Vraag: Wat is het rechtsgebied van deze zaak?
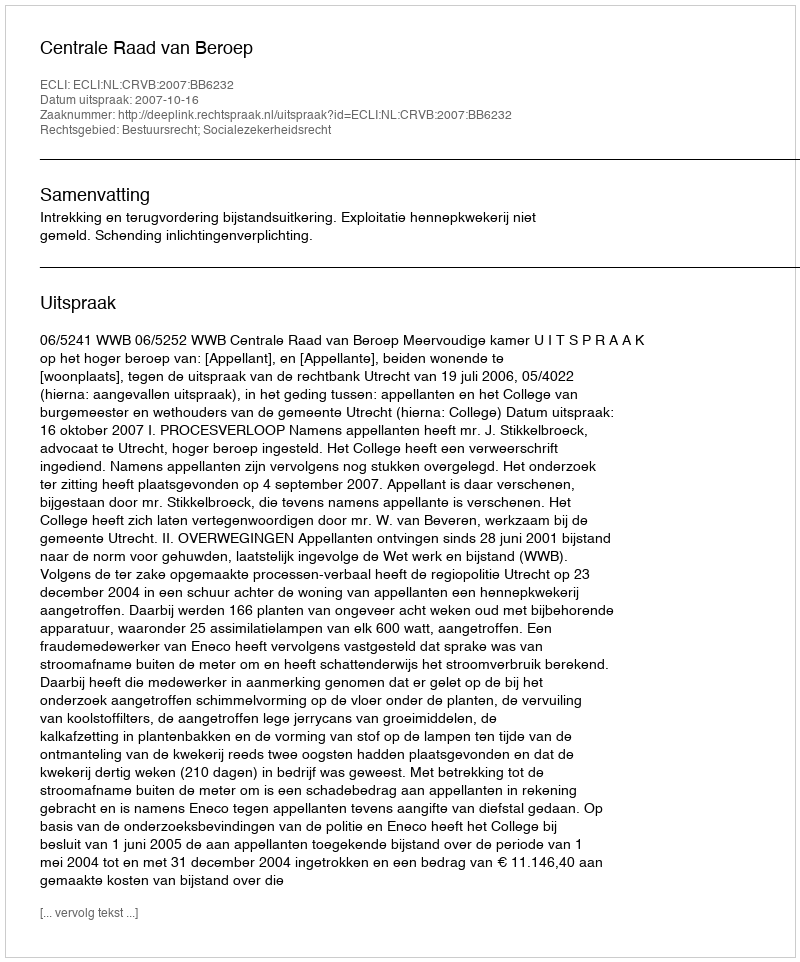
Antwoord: Bestuursrecht; Socialezekerheidsrecht